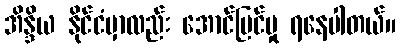
အိန္ဒိယ နိုင်ငံမှာလည်း အောင်မြင်မှု ရနေပါတယ်။